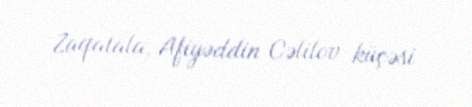
Zaqatala, Afiyəddin Cəlilov küçəsi